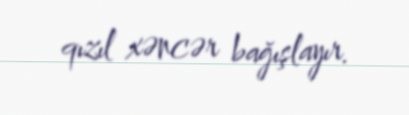
qızıl xəncər bağışlayır.